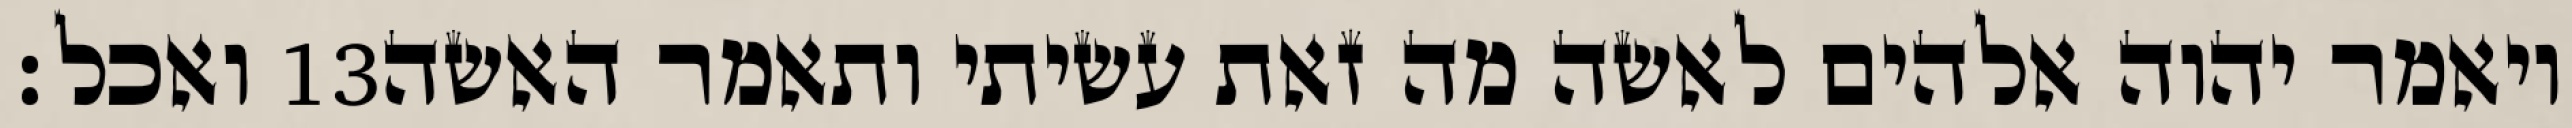
ואכל׃ ‎13‏ ויאמר יהוה אלהים לאשה מה זאת עשיתי ותאמר האשה